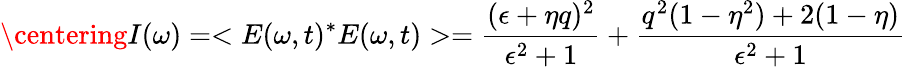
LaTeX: \centering I(\omega)=<E(\omega,t)^{*}E(\omega,t)>=\frac{(\epsilon+\eta q)^{2}}{\epsilon^{2}+1}+\frac{q^{2}(1-\eta^{2})+2(1-\eta)}{\epsilon^{2}+1}